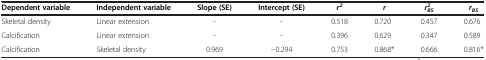
| Dependent variable | Independent variable | Slope (SE) | Intercept (SE) | r2 | r | r2BS | rBS |
 | --- | --- | --- | --- | --- | --- | --- | --- |
 | Skeletal density | Linear extension | - | - | 0.518 | 0.720 | 0.457 | 0.676 |
 | Calcification | Linear extension | - | - | 0.396 | 0.629 | 0.347 | 0.589 |
 | Calcification | Skeletal density | 0.969 | −0.294 | 0.753 | 0.868* | 0.666 | 0.816* |